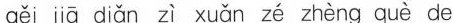
gěi jiā diǎn zì xuǎn zé zhèng què de